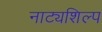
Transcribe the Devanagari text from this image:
नाट्यशिल्प